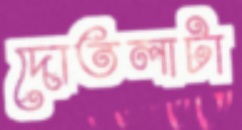
দোতলাটা